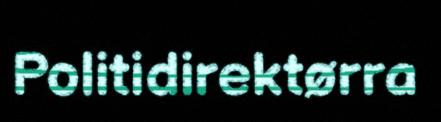
Politidirektørra